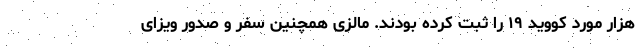
هزار مورد کووید ۱۹ را ثبت کرده بودند. مالزی همچنین سفر و صدور ویزای